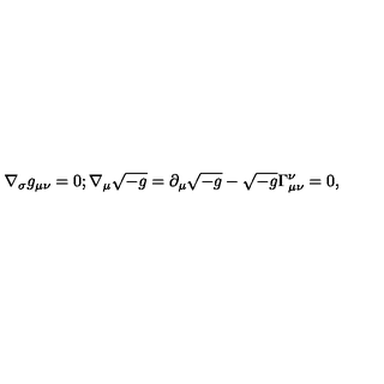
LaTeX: \nabla _ { \sigma } g _ { \mu \nu } = 0 ; \nabla _ { \mu } \sqrt { - g } = \partial _ { \mu } \sqrt { - g } - \sqrt { - g } \Gamma _ { \mu \nu } ^ { \nu } = 0 ,